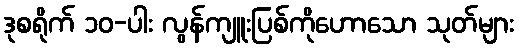
ဒုစရိုက် ၁၀-ပါး လွန်ကျူးပြစ်ကိုဟောသော သုတ်များ